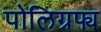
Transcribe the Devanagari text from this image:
पोलिग्रफ्य